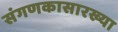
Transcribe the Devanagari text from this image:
संगणकासारख्या